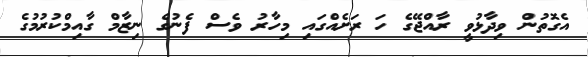
އެގޮތުން ވިދާޅުވީ ރާއްޖޭގެ ހަ ރަށެއްގައި މިހާރު ވެސް ފެނުގެ ނިޒާމް ގާއިމްކުރުމުގެ